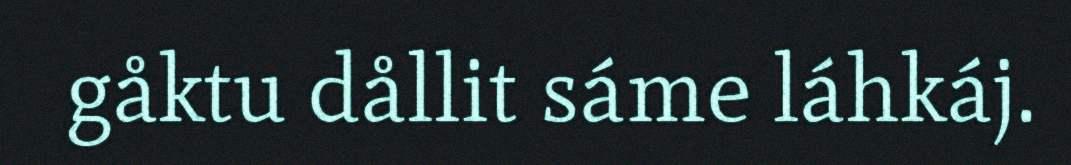
gåktu dållit sáme láhkáj.